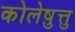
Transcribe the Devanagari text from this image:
कोलेष़ुत्तु